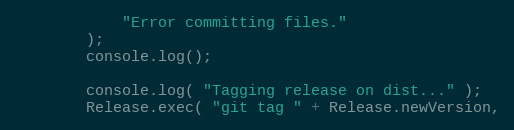
Language: JavaScript
			"Error committing files."
		);
		console.log();

		console.log( "Tagging release on dist..." );
		Release.exec( "git tag " + Release.newVersion,